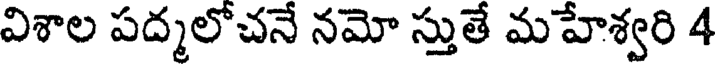
విశాల పద్మలోచనే నమో స్తుతే మహేశ్వరి 4